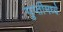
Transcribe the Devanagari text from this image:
गुप्तीमध्ये